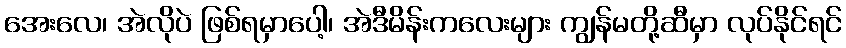
အေးလေ၊ အဲလိုပဲ ဖြစ်ရမှာပေါ့၊ အဲဒီမိန်းကလေးများ ကျွန်မတို့ဆီမှာ လုပ်နိုင်ရင်